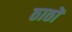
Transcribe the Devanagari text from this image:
ठाठों